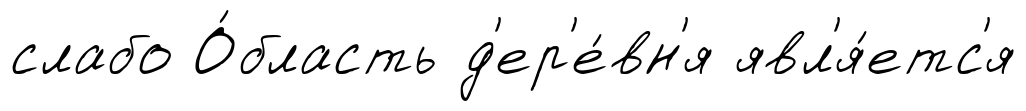
слабо О́бласть д'ер'е́вн'я явл'я́етс'я